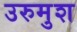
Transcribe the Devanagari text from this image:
उरुमुश